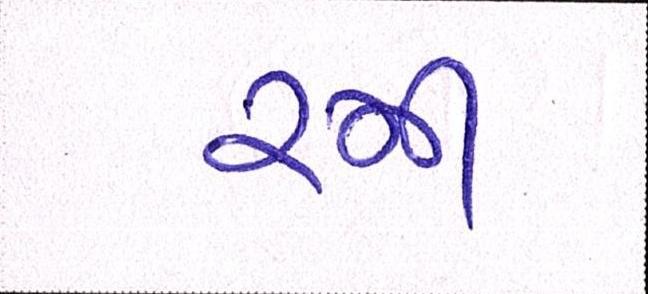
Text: રમી